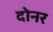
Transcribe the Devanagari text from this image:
दोनर